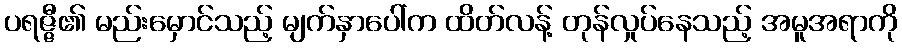
ပရဇ္ဇီ၏ မည်းမှောင်သည့် မျက်နှာပေါ်က ထိတ်လန့် တုန်လှုပ်နေသည့် အမူအရာကို